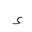
Letter: _hamza